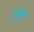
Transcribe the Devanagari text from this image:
इष्य